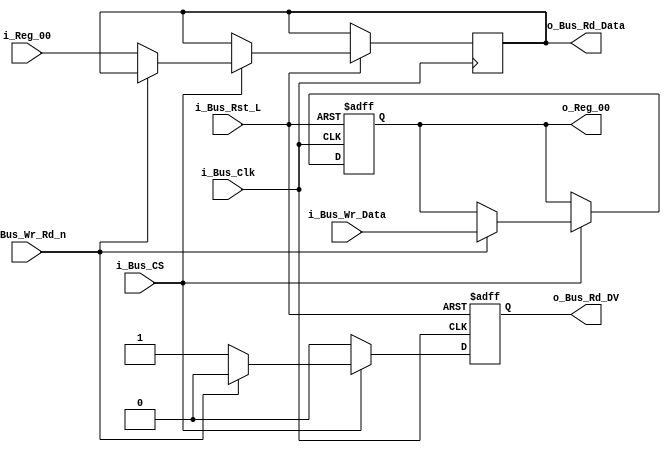
//////////////////////////////////////////////////////////////////////////////
// FPGA Bus Registers
// Contains 1 Readable/Writable Register.
//
// Parameters:
// BUS_WIDTH - Recommended to set to 8, 16, or 32.
// INIT_XX   - Used to initalize registers to non-zero values.
//////////////////////////////////////////////////////////////////////////////
module Bus_Reg_X1 #(parameter INIT_00  = 0)
 (input             i_Bus_Rst_L,
  input             i_Bus_Clk,
  input             i_Bus_CS,
  input             i_Bus_Wr_Rd_n,
  input [15:0]      i_Bus_Wr_Data,
  output reg [15:0] o_Bus_Rd_Data,
  output reg        o_Bus_Rd_DV,
  input [15:0]      i_Reg_00,
  output reg [15:0] o_Reg_00);

  always @(posedge i_Bus_Clk or negedge i_Bus_Rst_L)
  begin
    if (~i_Bus_Rst_L)
    begin
      o_Bus_Rd_DV <= 1'b0;
      o_Reg_00   <= INIT_00;
    end
    else
    begin
      o_Bus_Rd_DV <= 1'b0;

      if (i_Bus_CS == 1'b1)
      begin
        if (i_Bus_Wr_Rd_n == 1'b1) // Write Command
          o_Reg_00 <= i_Bus_Wr_Data;
        else // Read Command
        begin
          o_Bus_Rd_DV   <= 1'b1;
          o_Bus_Rd_Data <= i_Reg_00;
        end
      end // if (i_Bus_CS == 1'b1)
    end // else: !if(!i_Bus_Rst_L)
  end // always @ (posedge i_Bus_Clk or negedge i_Bus_Rst_L)

endmodule